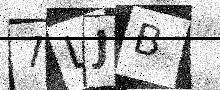
Text: 7LJB